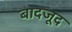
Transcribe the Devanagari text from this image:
बादजूद